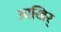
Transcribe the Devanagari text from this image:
आखिर्